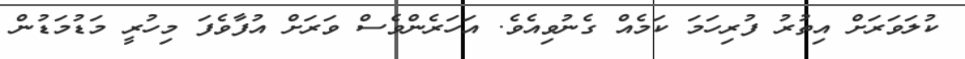
ކުލަވަރަަަށް އިތުރުު ފުރިހަމަ ކަމެއް ގެނުވިއެވެ. އަހަރެންވެސް ވަރަށް އުފާވެފަ މިހުރީ މަޑުމަޑުން